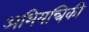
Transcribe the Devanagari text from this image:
अभियन्त्रिकी